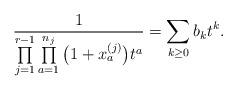
LaTeX: \begin{gather*} \frac{1}{\prod\limits_{j=1}^{r-1} \prod\limits_{a=1}^{n_{j}}\big(1+x_{a}^{(j)}\big) t^{a}} =\sum_{k \ge 0} b_{k} t^{k}.\end{gather*}